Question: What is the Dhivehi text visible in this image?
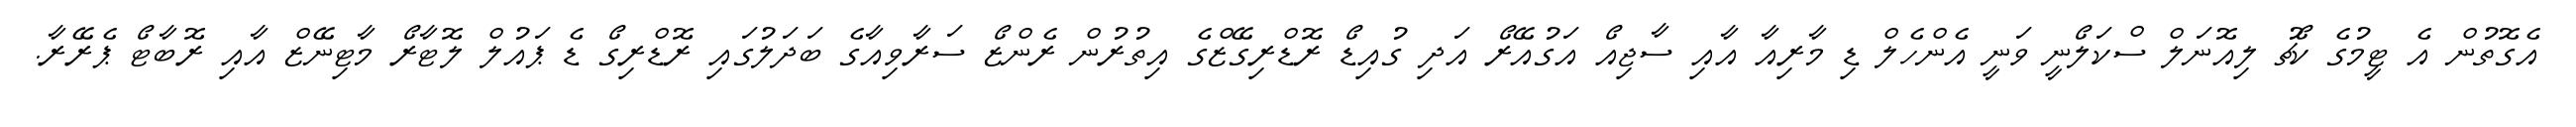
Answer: އެގޮތުން އެ ޓީމުގެ ކޯޗު ލިއޮނަލް ސްކަލޯނީ ވަނީ އެންހެލް ޑި މާރިއާ އާއި ސާޖިއޯ އަގުއޭރޯ އަދި ގުއިޑޯ ރޮޑްރިގޭޒްގެ އިތުރުން ރެންޒޯ ސަރާވިއާގެ ބަދަލުގައި ރޮޑްރިގޯ ޑެ ޕައުލް ލޮޓާރޯ މާޓިނޭޒް އާއި ރޮބާޓޯ ޕެރޭރާ.